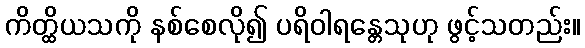
ကိတ္ထိယသကို နစ်စေလို၍ ပရိဝါရန္တေသုဟု ဖွင့်သတည်း။